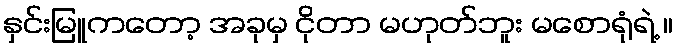
နှင်းမြူကတော့ အခုမှ ငိုတာ မဟုတ်ဘူး မစောရုံရဲ့ ။